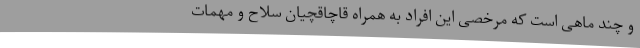
و چند ماهی است که مرخصی این افراد به همراه قاچاقچیان سلاح و مهمات